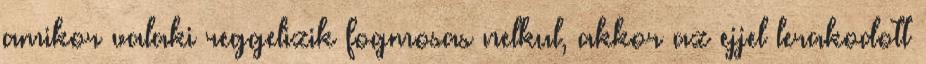
amikor valaki reggelizik fogmosas nelkul, akkor az ejjel lerakodott